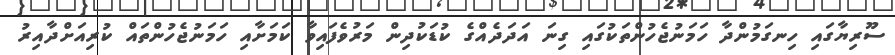
ސޫރިޔާގައި ހިނގަމުންދާ ހަމަނުޖެހުންތަކުގައި ގިނަ އަދަދެއްގެ ކުޑަކުދިން މަރުވެފައިވާ ކަމަށާއި ހަމަނުޖެހުންތައް ކުރިއަށްދާއިރު